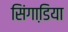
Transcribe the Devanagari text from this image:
सिंगाडि़या